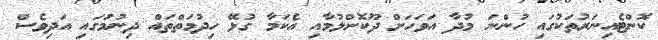
ކޮންޓެއިނަރުތަކުގައި ހުންނަ މުދާ އަވަހަށް ދޫކޮށްލުމާއި އެކަމާ ގުޅޭ ހިދުމަތްތައް ދިނުމަުގައި އަދިވެސް